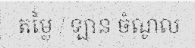
តម្លៃ / ឡាន ចំណូល